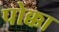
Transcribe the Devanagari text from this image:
पोक्का